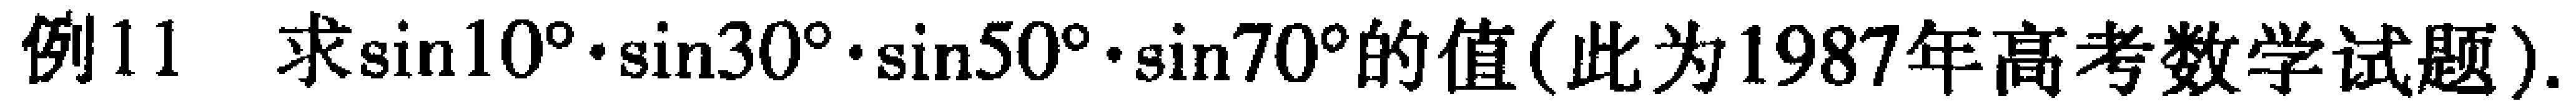
例11 求\(\sin10^{\circ}\cdot\sin30^{\circ}\cdot\sin50^{\circ}\cdot\sin70^{\circ}\)的值(此为1987年高考数学试题).